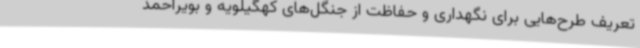
تعریف طرح‌هایی برای نگهداری و حفاظت از جنگل‌های کهگیلویه و بویراحمد